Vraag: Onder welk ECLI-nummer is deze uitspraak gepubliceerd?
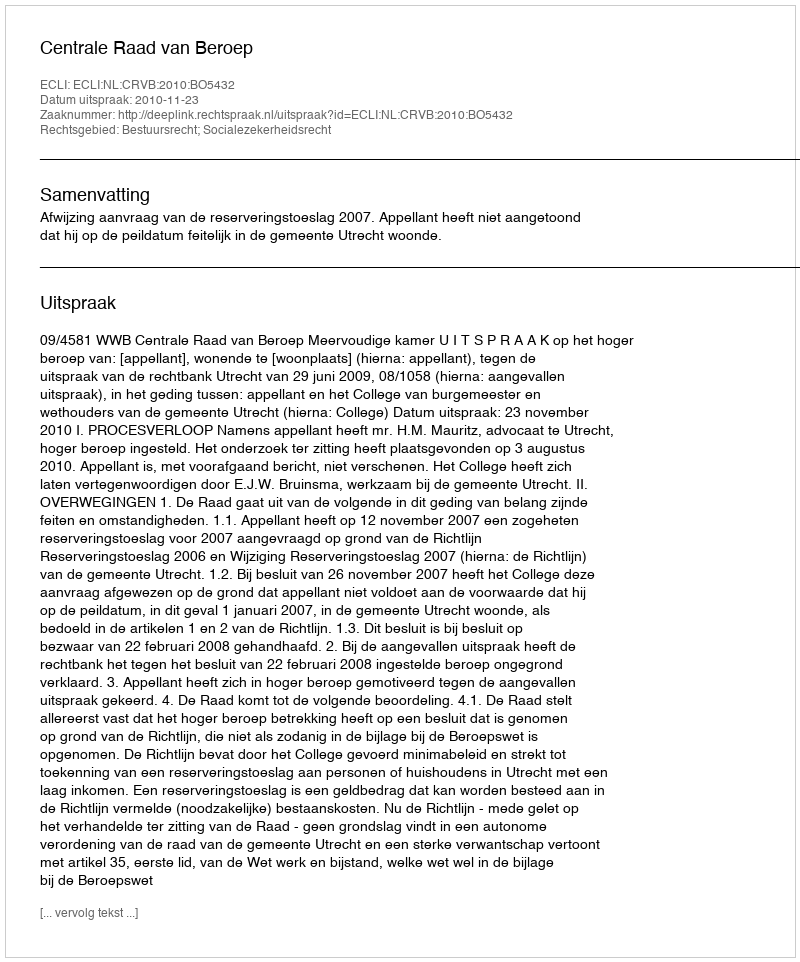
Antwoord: ECLI:NL:CRVB:2010:BO5432